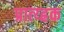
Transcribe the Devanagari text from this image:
प्रात्य्ह्रक